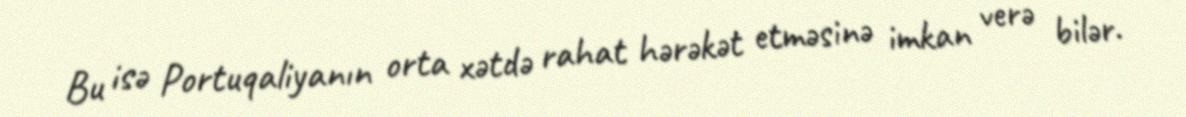
Bu isə Portuqaliyanın orta xətdə rahat hərəkət etməsinə imkan verə bilər.